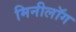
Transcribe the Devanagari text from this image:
मिनीलॉग